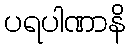
ပရပါဏာနိ